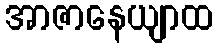
အာဇာနေယျာထ